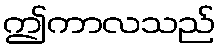
ဤကာလသည်